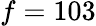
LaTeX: f=103